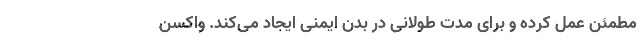
مطمئن عمل کرده و برای مدت طولانی در بدن ایمنی ایجاد می‌کند. واکسن